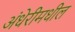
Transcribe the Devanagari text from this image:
अंधेरीमधील